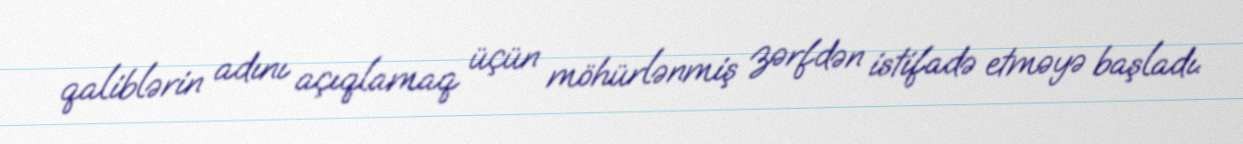
qaliblərin adını açıqlamaq üçün möhürlənmiş zərfdən istifadə etməyə başladı.